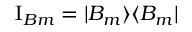
\mathrm { I } _ { B m } = | B _ { m } \rangle \langle B _ { m } |